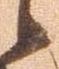
候